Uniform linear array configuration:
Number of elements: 12
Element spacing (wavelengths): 0.75
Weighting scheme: exponential
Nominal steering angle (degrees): -45
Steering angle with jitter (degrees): -43.183
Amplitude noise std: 0.05
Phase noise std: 0.05

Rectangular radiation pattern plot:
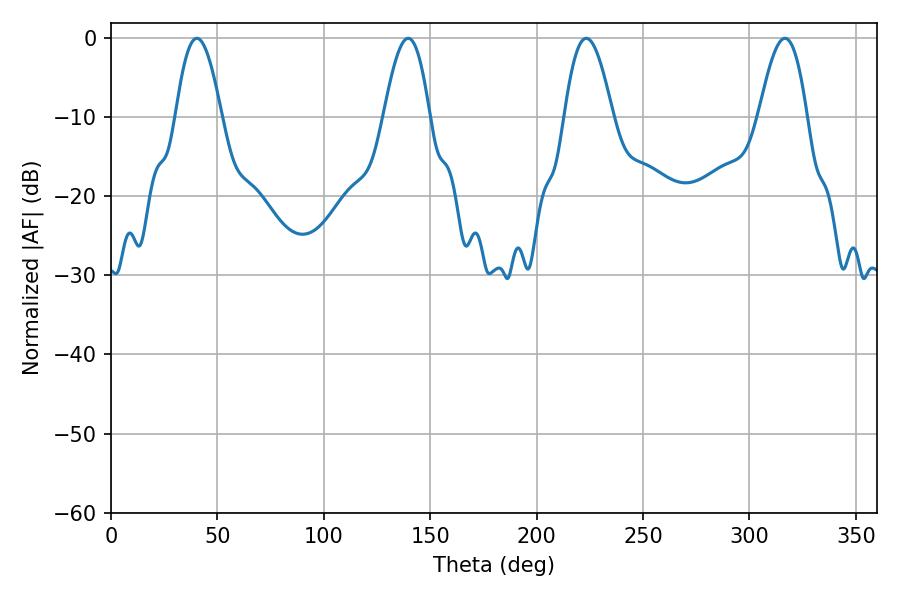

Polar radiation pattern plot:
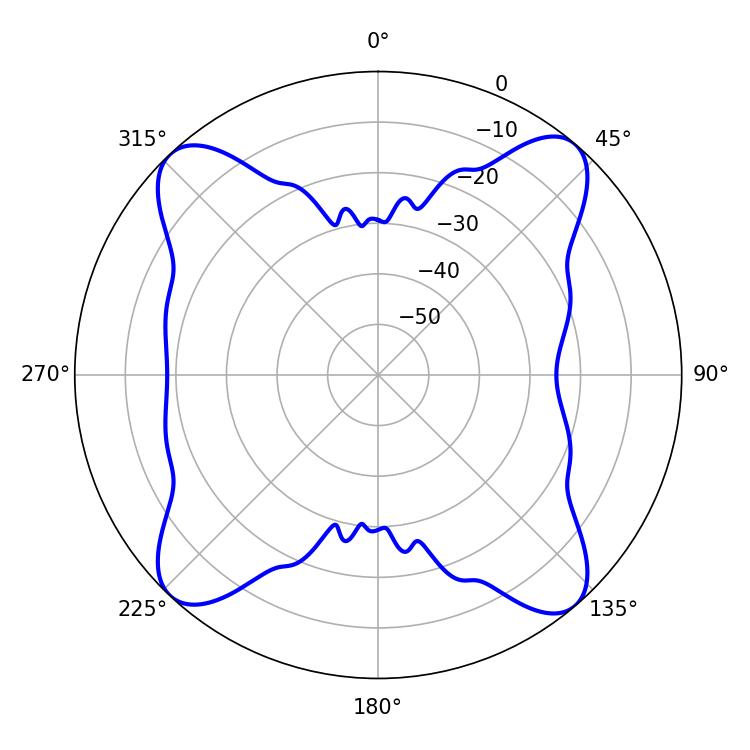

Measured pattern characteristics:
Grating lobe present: TRUE
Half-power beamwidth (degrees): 11.7
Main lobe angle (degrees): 40.32